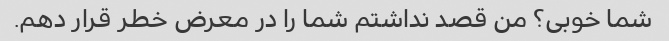
شما خوبی؟ من قصد نداشتم شما را در معرض خطر قرار دهم.